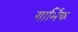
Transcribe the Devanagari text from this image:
गार्भिक